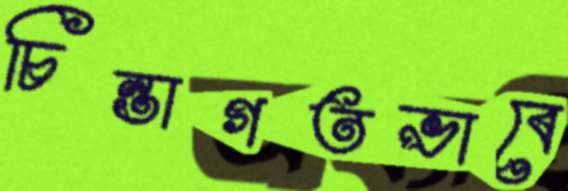
চিন্তাগতভাবে